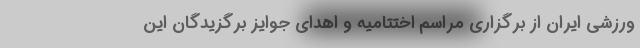
ورزشی ایران از برگزاری مراسم اختتامیه و اهدای جوایز برگزیدگان این